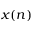
x ( n )